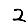
Digit: 2